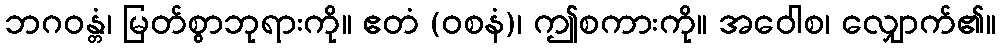
ဘဂဝန္တံ၊ မြတ်စွာဘုရားကို။ ဧတံ (ဝစနံ)၊ ဤစကားကို။ အဝေါစ၊ လျှောက်၏။